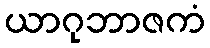
ယာဂုဘာဇကံ